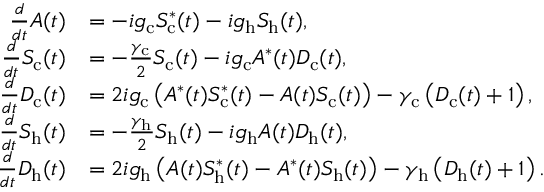
\begin{array} { r l } { \frac { d } { d t } A ( t ) } & { = - i g _ { \mathrm { c } } S _ { \mathrm { c } } ^ { * } ( t ) - i g _ { \mathrm { h } } S _ { \mathrm { h } } ( t ) , } \\ { \frac { d } { d t } S _ { \mathrm { c } } ( t ) } & { = - \frac { \gamma _ { \mathrm { c } } } { 2 } S _ { \mathrm { c } } ( t ) - i g _ { \mathrm { c } } A ^ { * } ( t ) D _ { \mathrm { c } } ( t ) , } \\ { \frac { d } { d t } D _ { \mathrm { c } } ( t ) } & { = 2 i g _ { \mathrm { c } } \left( A ^ { * } ( t ) S _ { \mathrm { c } } ^ { * } ( t ) - A ( t ) S _ { \mathrm { c } } ( t ) \right) - \gamma _ { \mathrm { c } } \left( D _ { \mathrm { c } } ( t ) + 1 \right) , } \\ { \frac { d } { d t } S _ { \mathrm { h } } ( t ) } & { = - \frac { \gamma _ { \mathrm { h } } } { 2 } S _ { \mathrm { h } } ( t ) - i g _ { \mathrm { h } } A ( t ) D _ { \mathrm { h } } ( t ) , } \\ { \frac { d } { d t } D _ { \mathrm { h } } ( t ) } & { = 2 i g _ { \mathrm { h } } \left( A ( t ) S _ { \mathrm { h } } ^ { * } ( t ) - A ^ { * } ( t ) S _ { \mathrm { h } } ( t ) \right) - \gamma _ { \mathrm { h } } \left( D _ { \mathrm { h } } ( t ) + 1 \right) . } \end{array}